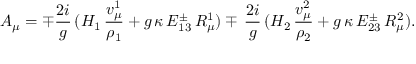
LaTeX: A _ { \mu } = \mp { \frac { 2 i } { g } } \, ( H _ { 1 } \, { \frac { v _ { \mu } ^ { 1 } } { \rho _ { 1 } } } + g \, \kappa \, E _ { 1 3 } ^ { \pm } \, R _ { \mu } ^ { 1 } ) \mp \, { \frac { 2 i } { g } } \, ( H _ { 2 } \, { \frac { v _ { \mu } ^ { 2 } } { \rho _ { 2 } } } + g \, \kappa \, E _ { 2 3 } ^ { \pm } \, R _ { \mu } ^ { 2 } ) .